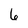
Character: 6